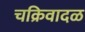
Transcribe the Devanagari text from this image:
चक्रिवादळ